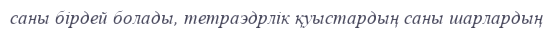
саны бірдей болады, тетраэдрлік қуыстардың саны шарлардың